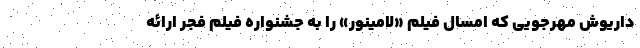
داریوش مهرجویی که امسال فیلم «لامینور» را به جشنواره فیلم فجر ارائه